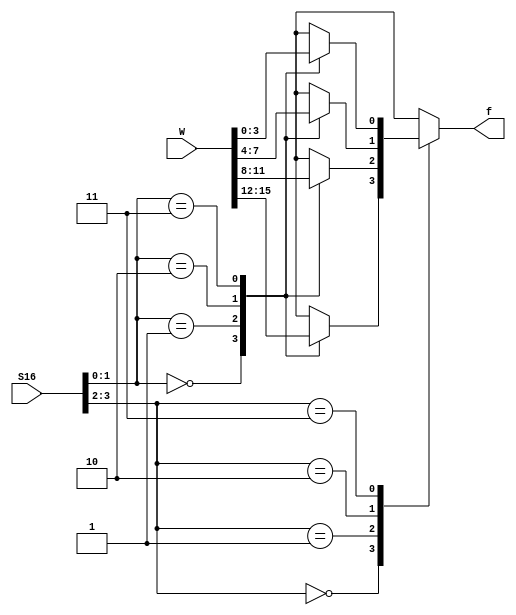
module mux16to1_task (W, S16, f);
    input [0:15] W;
    input [3:0] S16;
    output f;
    reg f;

    always @(W or S16)
        case (S16[3:2])
            0: mux4to1 (W[0:3], S16[1:0], f);
            1: mux4to1 (W[4:7], S16[1:0], f);
            2: mux4to1 (W[8:11], S16[1:0], f);
            3: mux4to1 (W[12:15], S16[1:0], f);
        endcase
// Task that specifies a 4-to-1 multiplexer
    task mux4to1;
        input [0:3] X;
        input [1:0] S4;
        output g;
        reg g;

        case (S4)
            0: g = X[0];
            1: g = X[1];
            2: g = X[2];
            3: g = X[3];
        endcase
    endtask

endmodule